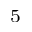
_ 5